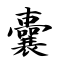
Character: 囊